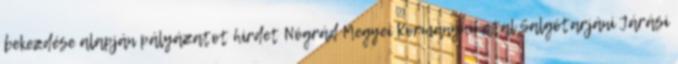
bekezdése alapján pályázatot hirdet Nógrád Megyei Kormányhivatal Salgótarjáni Járási